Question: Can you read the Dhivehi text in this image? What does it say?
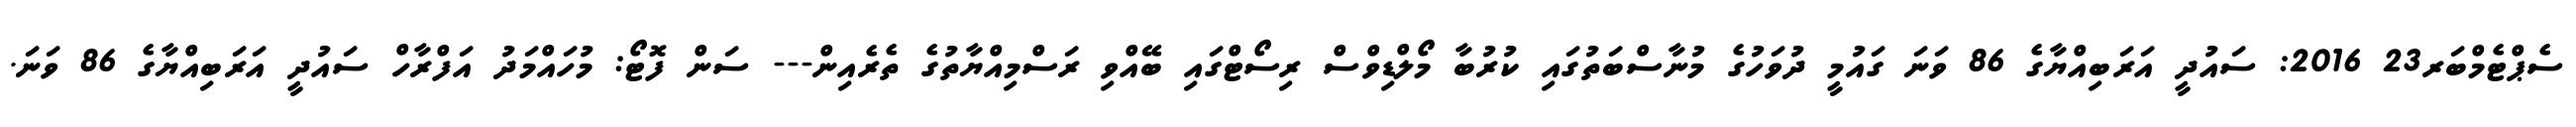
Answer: ސެޕްޓެމްބަރ23 2016: ސައުދީ އަރަބިއްޔާގެ 86 ވަނަ ގައުމީ ދުވަހުގެ މުނާސްބަތުގައި ކުރުބާ މޯލްޑިވްސް ރިސޯޓްގައި ބޭއްވި ރަސްމިއްޔާތުގެ ތެރެއިން--- ސަން ފޮޓޯ: މުހައްމަދު އަފްރާހް ސައުދީ އަރަބިއްޔާގެ 86 ވަނަ.